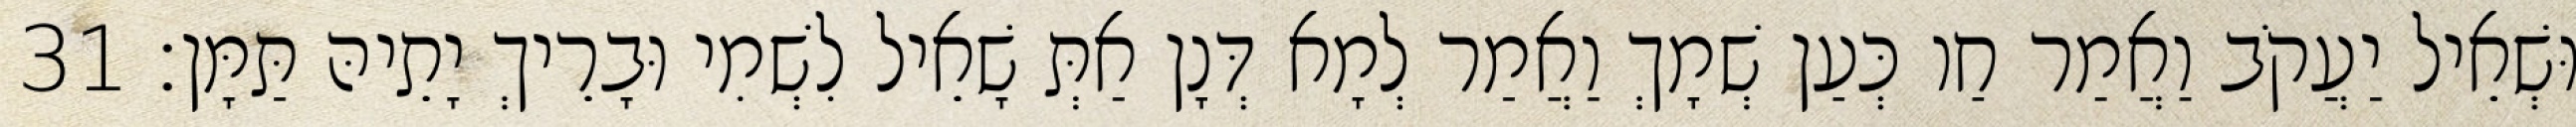
וּשְׁאֵיל יַעֲקֹב וַאֲמַר חַו כְּעַן שְׁמָךְ וַאֲמַר לְמָא דְּנָן אַתְּ שָׁאֵיל לִשְׁמִי וּבָרֵיךְ יָתֵיהּ תַּמָּן׃ 31